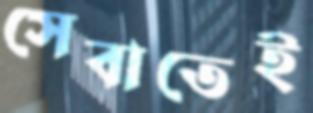
সেবাতেই